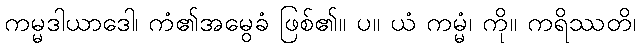
ကမ္မဒါယာဒေါ၊ ကံ၏အမွေခံ ဖြစ်၏။ ပ။ ယံ ကမ္မံ၊ ကို။ ကရိဿတိ၊